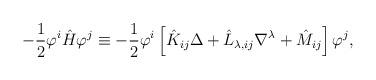
LaTeX: \begin{align*}-\frac{1}{2}\varphi^i\hat{H}\varphi^j\equiv -\frac{1}{2}\varphi^i\left[\hat{K}_{ij}\Delta+\hat{L}_{\lambda,ij}\nabla^\lambda+\hat{M}_{ij}\right] \varphi^j,\end{align*}